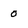
Character: 0